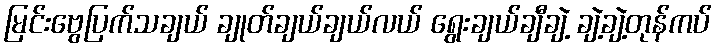
မြင်းဗွေပြက်သချယ် ချုတ်ချယ်ချယ်လယ် ရွေးချယ်ချီချဲ့ ချဲ့ချဲ့တုန်ကပ်